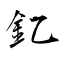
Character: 釔